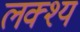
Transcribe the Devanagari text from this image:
लक्श्य